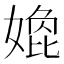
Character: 嫓